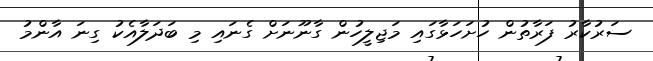
ސަރުކާރު ފަރާތުން ހުށަހަޅާގައި މަޖިލީހުން ގާނޫނަށް ގެނައި މި ބަދަލާއެކު ގިނަ އާންމު